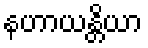
နဟာယန္တိယာ